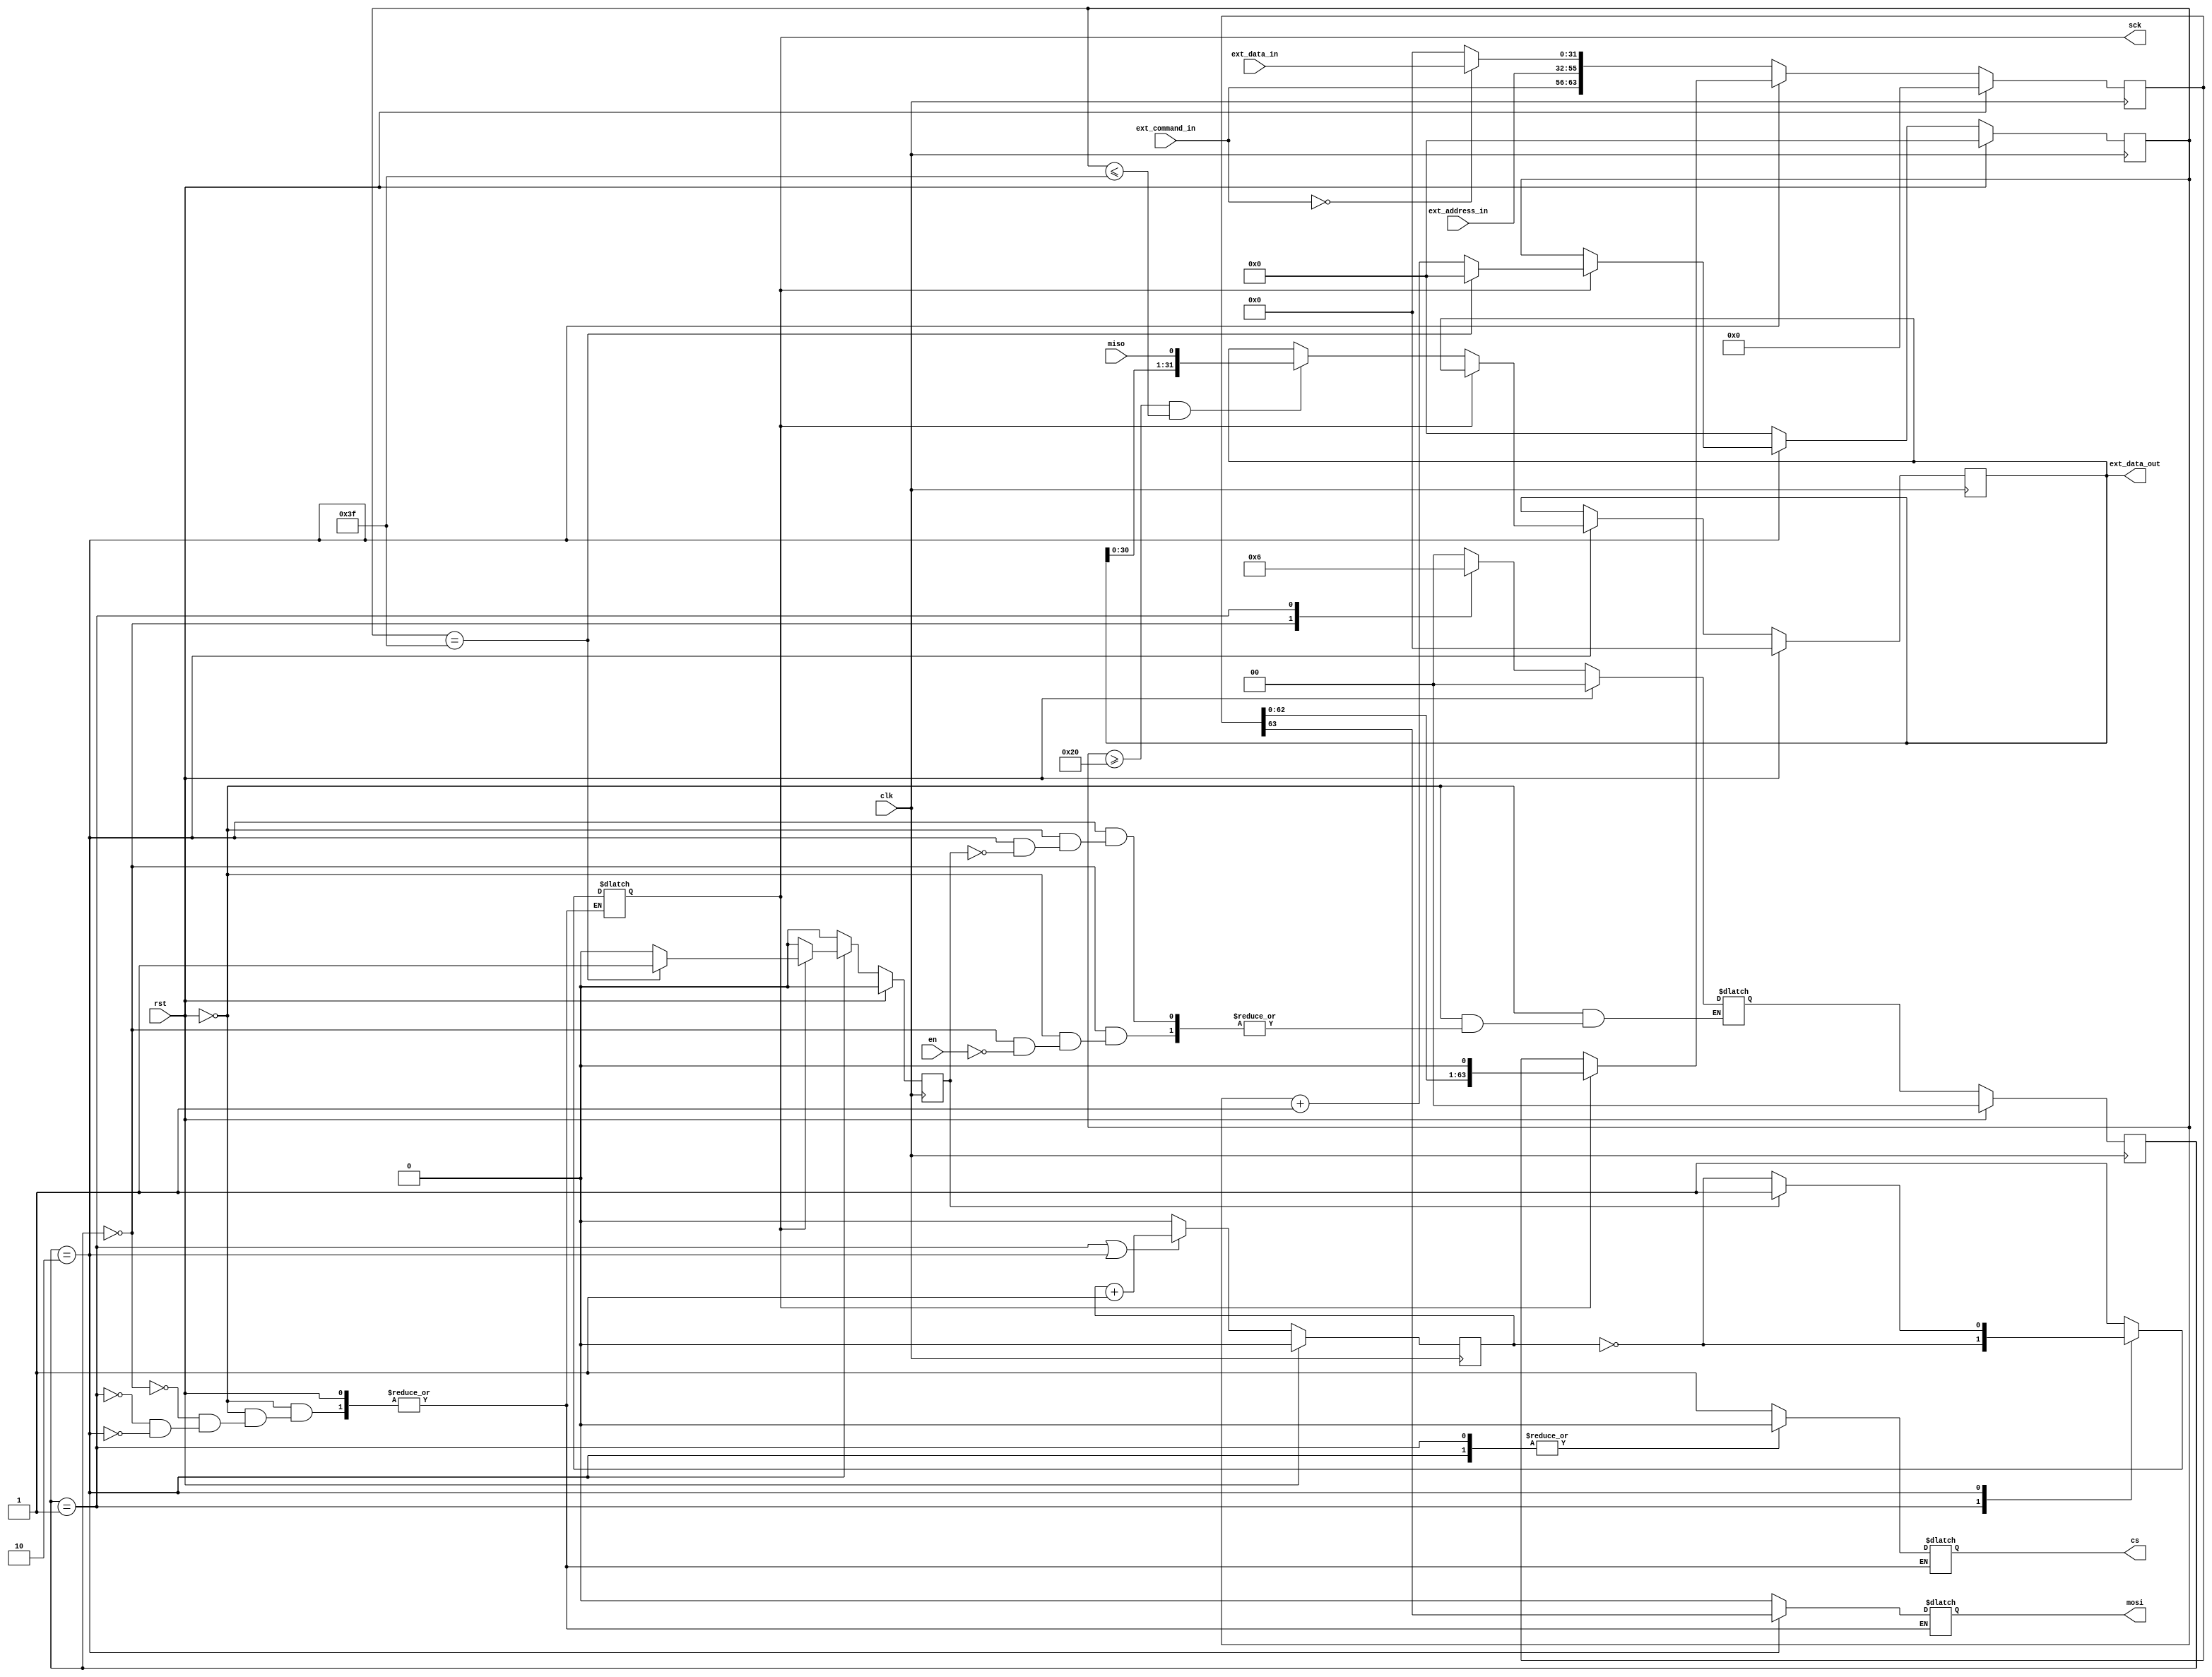
module spi_master (
    input wire clk,
    input wire rst,
    // Chip Select
    input wire en,
    output reg cs,
    // Serial Clock
    output reg sck,
    // Master Out Slave In
    input wire [7:0] ext_command_in,
    input wire [23:0] ext_address_in,
    input wire [31:0] ext_data_in,
    output reg mosi,
    // Master In Slave Out
    input wire miso,
    output wire [31:0] ext_data_out
);
    
    // Serial Clock

    reg clock_count;

    always @(posedge clk) begin
        if (rst) begin
            clock_count <= 0;
        end
        else begin
            if ((current_state == ENABLE) || (current_state == DATA)) begin
                clock_count <= clock_count + 1;
            end
            else begin
                clock_count <= 0;
            end
        end
    end

    // Master Out Slave In

    reg [63:0] data_save;
    reg [5:0] data_count;
    reg data_end;

    always @(posedge clk) begin
        if (rst) begin
            data_save <= 0;
            data_count <= 0;
            data_end <= 0;
        end
        else begin
            if (current_state == DATA) begin
                if (sck == 1) begin
                    // Command, address and data shifted serially on MOSI line from MSB respectively
                    data_save <= {data_save[62:0],1'b0};
                    if (data_count == 63) begin
                        data_count <= 0;
                        data_end <= 1;
                    end
                    else begin
                        data_count <= data_count + 1;
                        data_end <= 0;
                    end
                end
                else begin
                    data_save <= data_save;
                    data_count <= data_count;
                    data_end <= 0;
                end
            end
            else begin
                // Data being written on command ALL ZEROS
                if (ext_command_in == 8'h00) begin
                    data_save <= {ext_command_in,ext_address_in,ext_data_in};
                    data_count <= 0;
                    data_end <= 0;
                end
                else begin
                    data_save <= {ext_command_in,ext_address_in,32'h0000_0000};
                    data_count <= 0;
                    data_end <= 0;
                end
            end
        end
    end

    // Master In Slave Out

    reg [31:0] data_in;

    always @(posedge clk) begin
        if (rst) begin
            data_in <= 0;
        end
        else begin
            if (current_state == DATA) begin
                if (sck == 0) begin
                    // Data being saved from MISO line from LSB
                    if ((data_count >= 32) && (data_count <= 63)) begin
                        data_in <= {data_in[30:0],miso};
                    end
                    else begin
                        data_in <= data_in;
                    end
                end
                else begin
                    data_in <= data_in;
                end
            end
            else begin
                
            end
        end
    end

    assign ext_data_out = data_in;
    
    // Finite State Machine

    localparam IDLE = 2'b00;
    localparam ENABLE = 2'b01;
    localparam DATA = 2'b10;

    reg [1:0] current_state, next_state;

    always @(posedge clk) begin
        if (rst) begin
            current_state <= 0;
        end
        else begin
            current_state <= next_state;
        end
    end

    always @(*) begin
        if (rst) begin
            next_state = 0;
        end
        else begin
            case (current_state)
                IDLE: begin
                    cs = 1;
                    sck = 1;
                    mosi = 0;
                    if (en == 1'b1) begin
                        next_state = ENABLE;
                    end
                end
                ENABLE: begin
                    cs = 0;
                    sck = ~clock_count;
                    mosi = 0;
                    next_state = DATA;
                end
                DATA: begin
                    cs = 0;
                    sck = ~clock_count;
                    // Command, address and data shifted serially on MOSI line from MSB respectively
                    mosi = data_save[63];
                    if (data_end == 1'b1) begin
                        sck = 1;
                        next_state = IDLE;
                    end
                end
                default: next_state = IDLE;
            endcase
        end
    end

endmodule